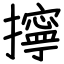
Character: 擰